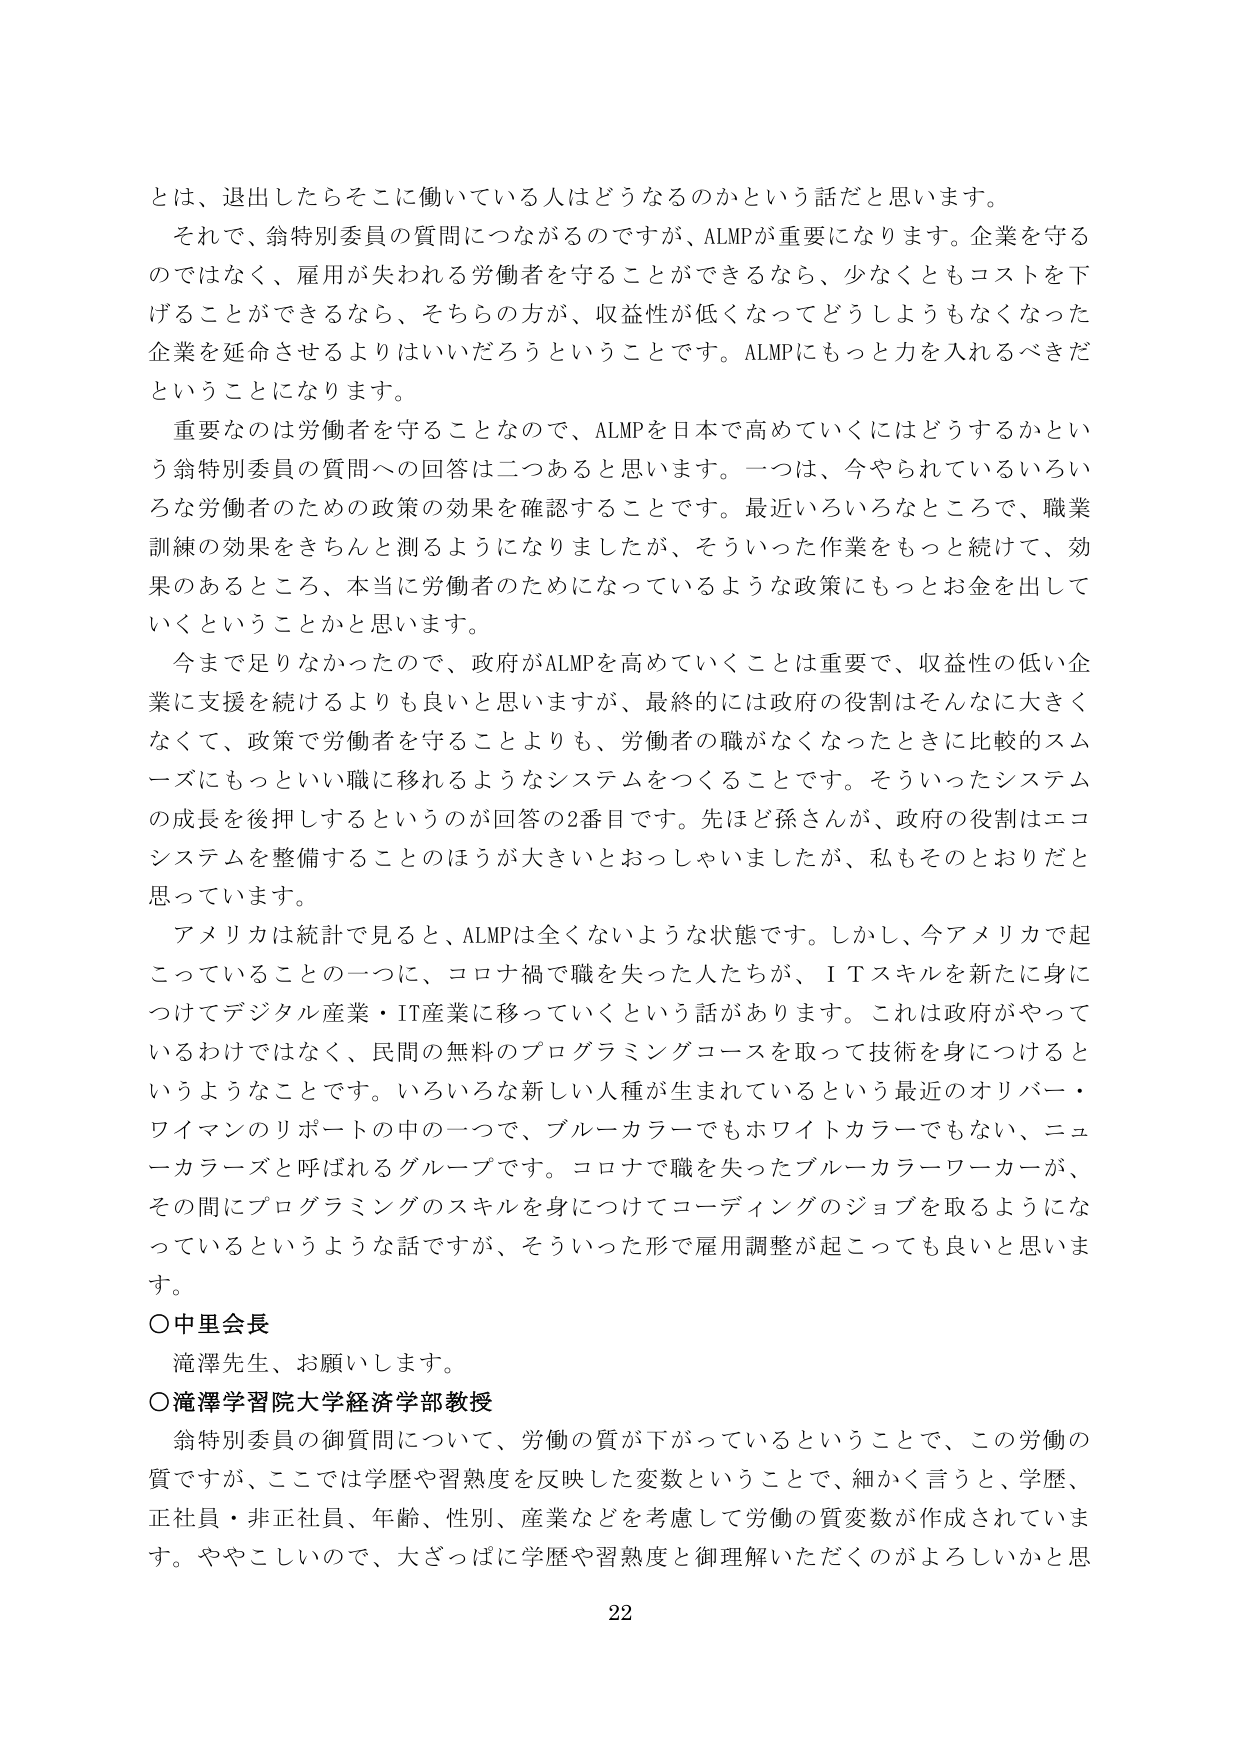
とは、退出したらそこに働いている人はどうなるのかという話だと思います。
それで、翁特別委員の質問につながるのですが、ALMPが重要になります。企業を守るのではなく、雇用が失われる労働者を守ることができるなら、少なくともコストを下げる thing ができるなら、そちらの方が、収益性が低くなってどうしようもなくなった企業を延命させるよりはいいだろうということです。ALMPにもっと力を入れるべきだということになります。
重要なのは労働者を守ることなので、ALMPを日本で高めていくにはどうするかという翁特別委員の質問への回答は二つあると思います。一つは、今やられているいろいろな労働者のための政策の効果を確認することです。最近いろいろなところで、職業訓練の効果をきちんと測るようになりましたが、そういった作業をもっと続けて、効果のあるところ、本当に労働者のためになっているような政策にもっとお金を出していくということかと思います。
今まで足りなかったので、政府がALMPを高めていくことは重要で、収益性の低い企業に支援を続けるよりも良いと思いますが、最終的には政府の役割はそんなに大きくなくて、政策で労働者を守ることよりも、労働者の職がなくなったときに比較的スムーズにもっといい職に移れるようなシステムをつくることです。そういったシステムの成長を後押しするというのが回答の2番目です。先ほど孫さんが、政府の役割はエコシステムを整備することのほうが大きいとおっしゃいましたが、私もそのとおりだと思っています。
アメリカは統計で見ると、ALMPは全くないような状態です。しかし、今アメリカで起こっていることの一つに、コロナ禍で職を失った人たちが、ＩＴスキルを新たに身につけてデジタル産業・IT産業に移っていくという話があります。これは政府がやっているわけではなく、民間の無料のプログラミングコースを取って技術を身につけるというようなことです。いろいろな新しい人種が生まれているという最近のオリバー・ワイマンのリポートの中の一つで、ブルーカラーでもホワイトカラーでもない、ニューカラーズと呼ばれるグループです。コロナで職を失ったブルーカラーワーカーが、その間にプログラミングのスキルを身につけてコーディングのジョブを取るようになっているというような話ですが、そういった形で雇用調整が起こっても良いと思います。
○中里会長
滝澤先生、お願いします。
○滝澤学習院大学経済学部教授
翁特別委員の御質問について、労働の質が下がっているということで、この労働の質ですが、ここでは学歴や習熟度を反映した変数ということで、細かく言うと、学歴、正社員・非正社員、年齢、性別、産業などを考慮して労働の質変数が作成されています。ややこしいので、大ざっぱに学歴や習熟度と御理解いただくのがよろしいかと思
22